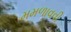
મમળાવવી